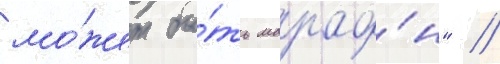
мо́жет бы́ть марафо́н" //